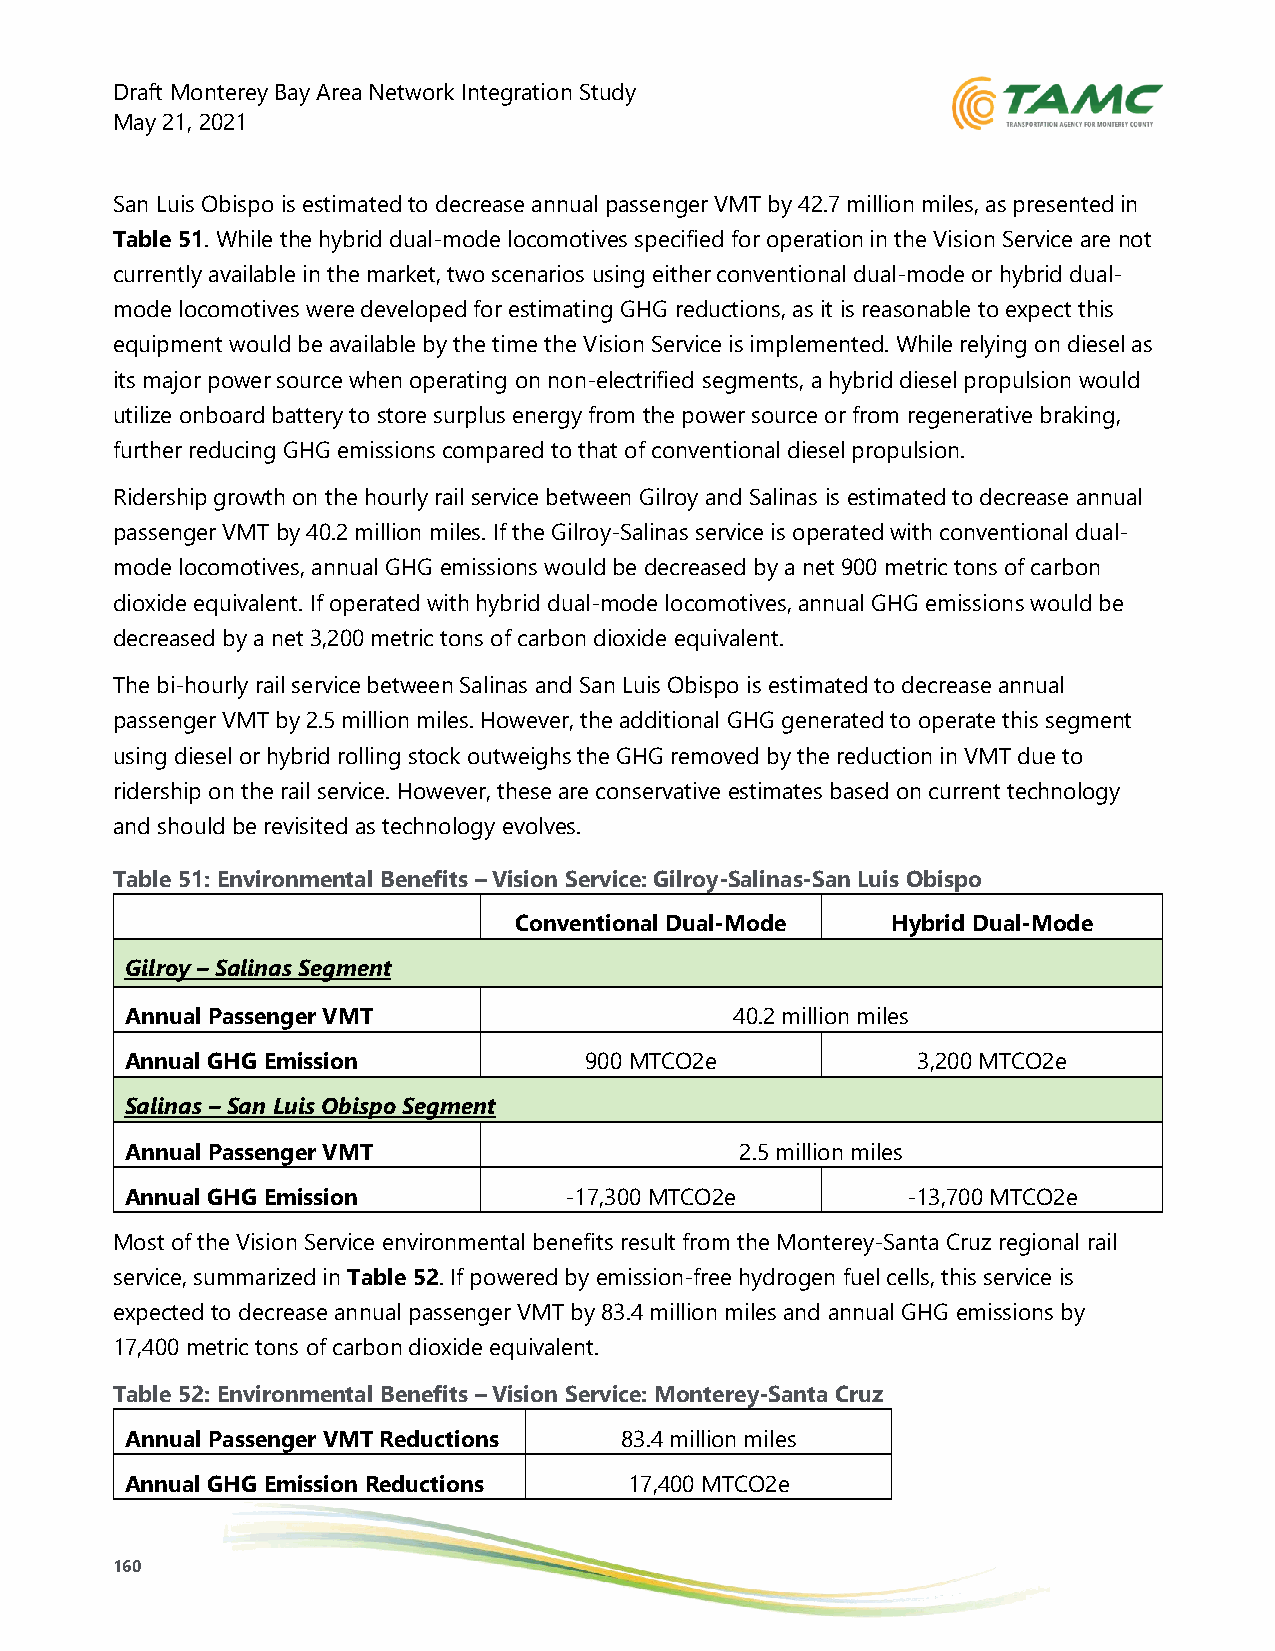
Draft Monterey Bay Area Network Integration Study
 May 21, 2021
 San Luis Obispo is estimated to decrease annual passenger VMT by 42.7 million miles, as presented in
 Table 51. While the hybrid dual-mode locomotives specified for operation in the Vision Service are not
 currently available in the market, two scenarios using either conventional dual-mode or hybrid dual-
 mode locomotives were developed for estimating GHG reductions, as it is reasonable to expect this
 equipment would be available by the time the Vision Service is implemented. While relying on diesel as
 its major power source when operating on non-electrified segments, a hybrid diesel propulsion would
 utilize onboard battery to store surplus energy from the power source or from regenerative braking,
 further reducing GHG emissions compared to that of conventional diesel propulsion.
 Ridership growth on the hourly rail service between Gilroy and Salinas is estimated to decrease annual
 passenger VMT by 40.2 million miles. If the Gilroy-Salinas service is operated with conventional dual-
 mode locomotives, annual GHG emissions would be decreased by a net 900 metric tons of carbon
 dioxide equivalent. If operated with hybrid dual-mode locomotives, annual GHG emissions would be
 decreased by a net 3,200 metric tons of carbon dioxide equivalent.
 The bi-hourly rail service between Salinas and San Luis Obispo is estimated to decrease annual
 passenger VMT by 2.5 million miles. However, the additional GHG generated to operate this segment
 using diesel or hybrid rolling stock outweighs the GHG removed by the reduction in VMT due to
 ridership on the rail service. However, these are conservative estimates based on current technology
 and should be revisited as technology evolves.
 Table 51: Environmental Benefits – Vision Service: Gilroy-Salinas-San Luis Obispo
 Conventional Dual-Mode   Hybrid Dual-Mode
 Gilroy – Salinas Segment
 Annual Passenger VMT                     40.2 million miles
 Reductions
 Annual GHG Emission            900 MTCO2e            3,200 MTCO2e
 Reductions
 Salinas – San Luis Obispo Segment
 Annual Passenger VMT                     2.5 million miles
 Reductions
 Annual GHG Emission          -17,300 MTCO2e         -13,700 MTCO2e
 Reductions
 Most of the Vision Service environmental benefits result from the Monterey-Santa Cruz regional rail
 service, summarized in Table 52. If powered by emission-free hydrogen fuel cells, this service is
 expected to decrease annual passenger VMT by 83.4 million miles and annual GHG emissions by
 17,400 metric tons of carbon dioxide equivalent.
 Table 52: Environmental Benefits – Vision Service: Monterey-Santa Cruz
 Annual Passenger VMT Reductions  83.4 million miles
 Annual GHG Emission Reductions    17,400 MTCO2e
 160